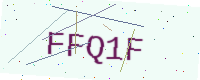
Text: FFQ1F